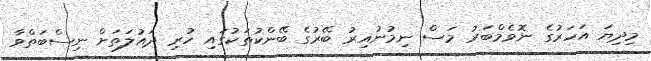
މިދިޔަ އަހަރުގެ ނޮވެމްބަރު މަސް ނިމުނުއިރު ބޭރުގެ ބޭންކުތަކުގައި ހުރި ދައުލަތަށް ނިސްބަތްވާ